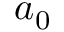
a _ { 0 }